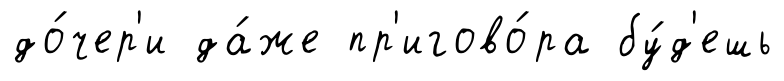
до́чер'и да́же пр'игово́ра бу́д'ешь